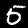
Digit: 5